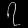
Digit: ၇